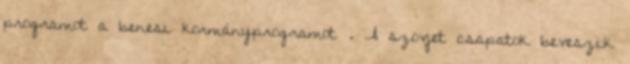
programot a benesi kormányprogramot . A szovjet csapatok beveszik